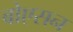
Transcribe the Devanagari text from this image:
बोएसन